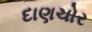
દાણચોર